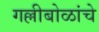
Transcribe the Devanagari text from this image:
गल्लीबोळांचे